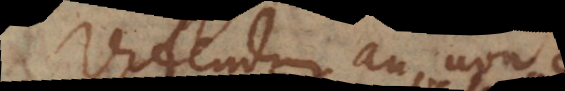
Videndum an non